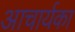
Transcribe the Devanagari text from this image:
आचार्यका